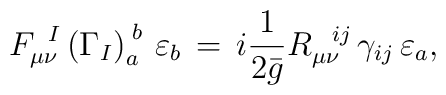
F_{\mu \nu}^{\;\;I} \left(\Gamma_I\right)_a^{\;b}\,\varepsilon_b\,=\,i\frac{1}{2\bar{g}}R_{\mu \nu}^{\;\;\;ij}\,\gamma_{ij}\,\varepsilon_a,